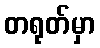
တရုတ်မှာ